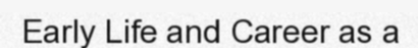
Early Life and Career as a